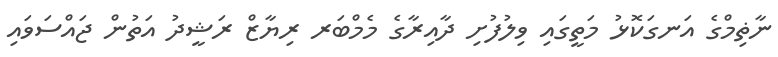
ނާޡިމްގެ އަނގަކޮޅު މަތީގައި ވިލުފުށި ދާއިރާގެ މެމްބަރ ރިޔާޒް ރަޝީދު އަތުން ޖައްސަވައި